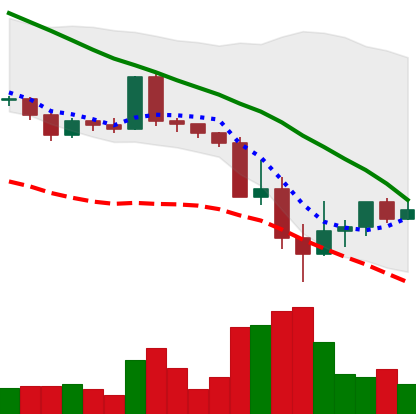
Ticker: ADA-USD
Chart end date: 2022-05-17
Forward return: -6.134%
Label: down_5_7